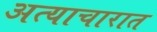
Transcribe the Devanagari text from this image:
अत्याचारात